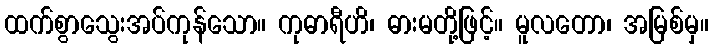
ထက်စွာသွေးအပ်ကုန်သော။ ကုဓာရီဟိ၊ ဓားမတို့ဖြင့်။ မူလတော၊ အမြစ်မှ။